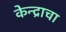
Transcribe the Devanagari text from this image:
केन्द्राचा